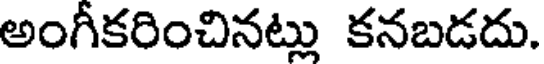
అంగీకరించినట్లు కనబడదు.